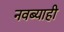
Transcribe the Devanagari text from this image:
नवब्याही